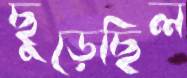
ছুড়েছিল